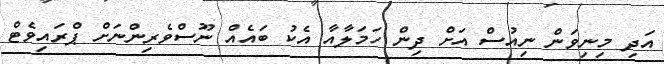
އަދި މިނިވަން ނިއުސް އަށް ދިން ހަމަލާއާ އެކު ބައެއް ނޫސްވެރިންނަށް ޕްރައިވެޓް